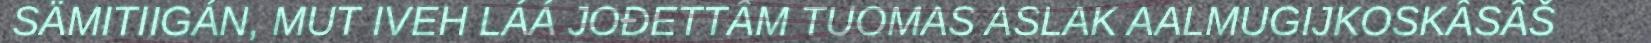
SÄMITIIGÁN, MUT IVEH LÁÁ JOĐETTÂM TUOMAS ASLAK AALMUGIJKOSKÂSÂŠ